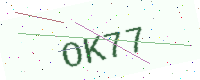
Text: OK77